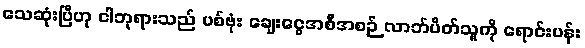
သေဆုံးပြီဟု ငါဘုရားသည် ပစ်ဗုံး ချေးငွေအစီအစဉ် လာဘ်ပိတ်သူကို ရောင်းပန်း